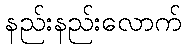
နည်းနည်းလောက်